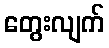
တွေးလျက်